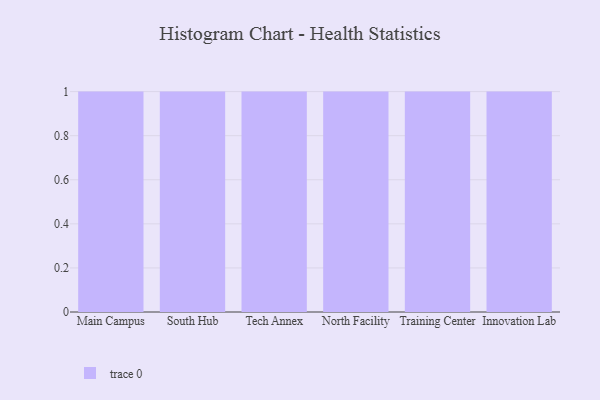
{"axis": {"x": "Campus", "y": "Demand Index"}, "legend": [""], "data": [{"x": "Main Campus", "y": 80, "type": ""}, {"x": "South Hub", "y": 72, "type": ""}, {"x": "Tech Annex", "y": 24, "type": ""}, {"x": "North Facility", "y": 12, "type": ""}, {"x": "Training Center", "y": 48, "type": ""}, {"x": "Innovation Lab", "y": 51, "type": ""}]}